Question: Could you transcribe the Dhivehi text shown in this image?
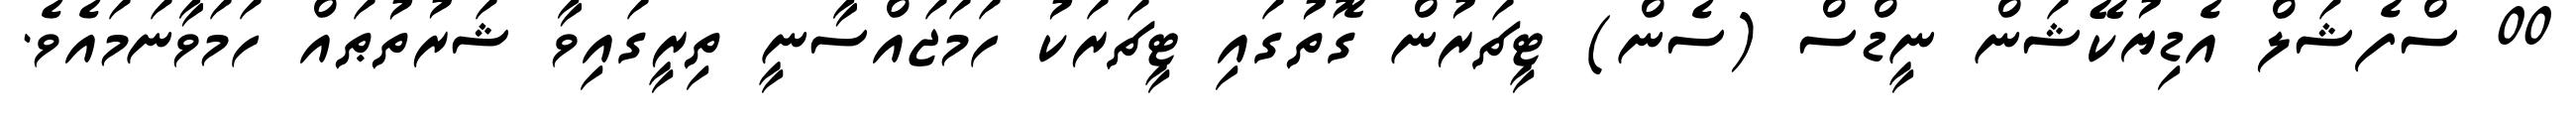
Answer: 00 ސްފެޝަލް އެޑިޔުކޭޝަން ނީޑްސް (ސެން) ޓީޗަރުން ގޮތުގައި ޓީޗަރަކު ހަމަޖައްސާނީ ތިރީގައިވާ ޝަރުތުޠައް ހަމަވާނަމައެވެ.